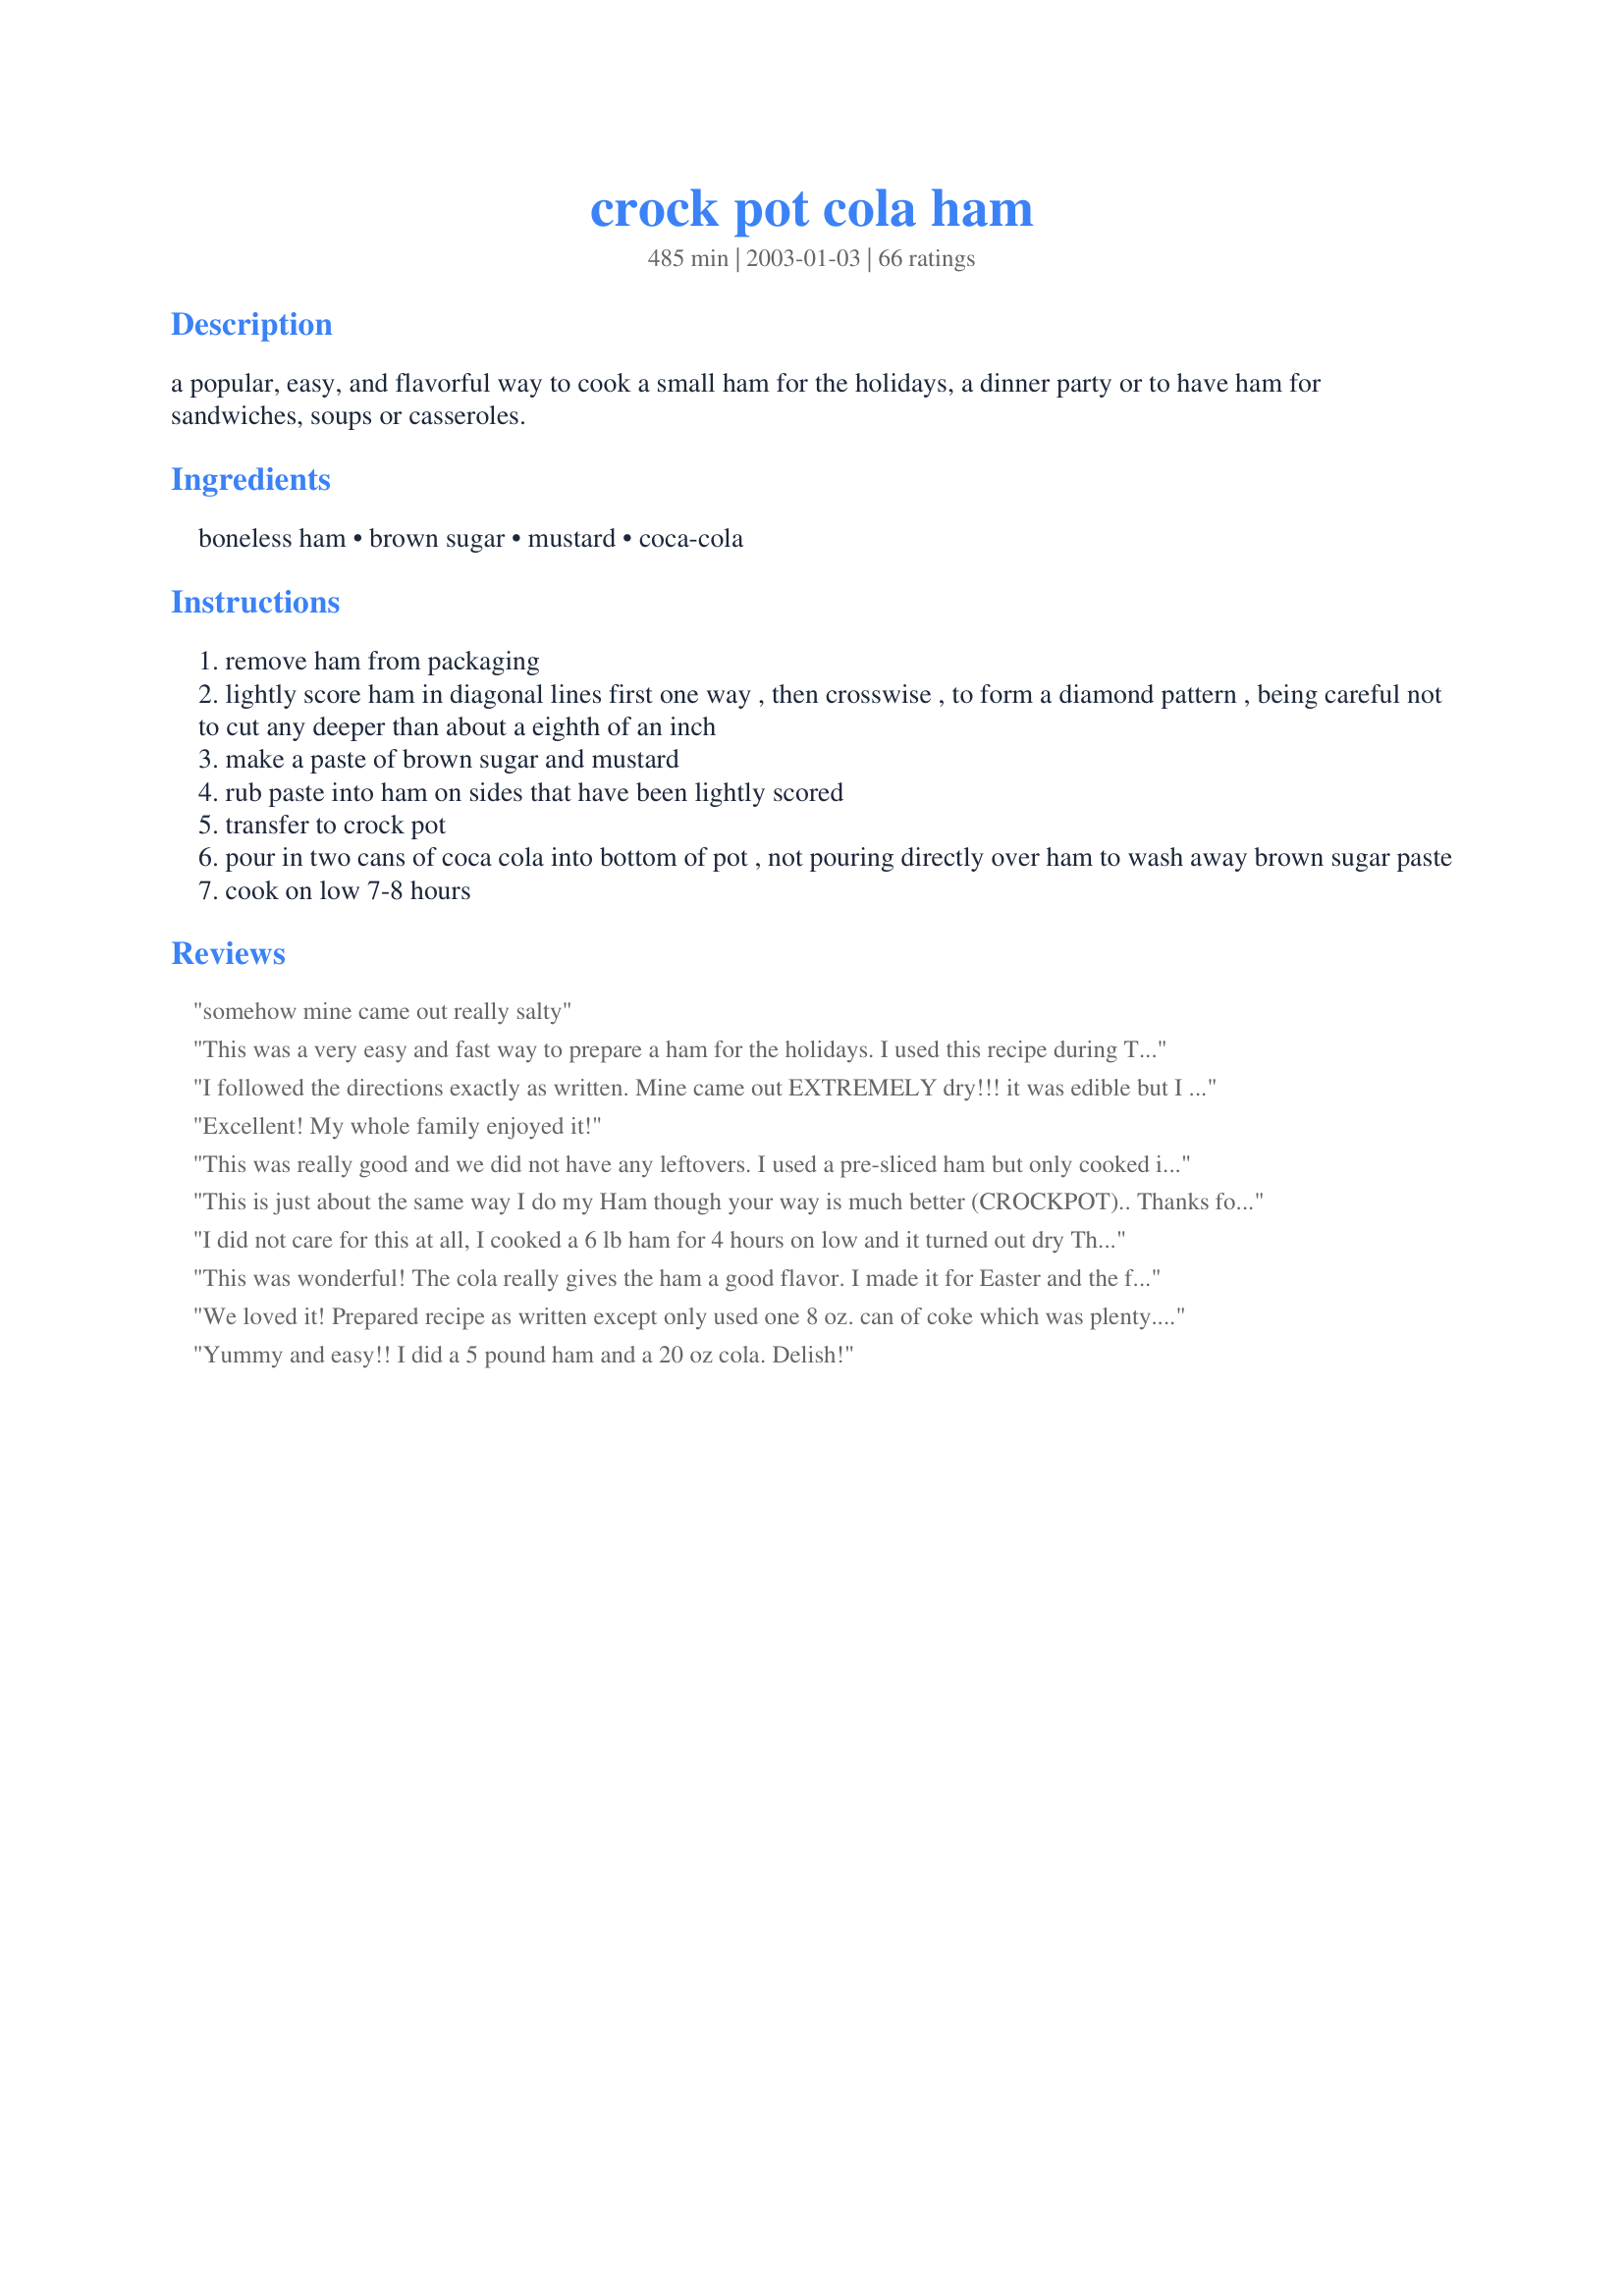
crock pot cola ham
Preparation time: 485 minutes

a popular, easy, and flavorful way to cook a small ham for the holidays, a dinner party or to have ham for sandwiches, soups or casseroles.

Ingredients:
boneless ham, brown sugar, mustard, coca-cola

Steps:
remove ham from packaging
lightly score ham in diagonal lines first one way , then crosswise , to form a diamond pattern , being careful not to cut any deeper than about a eighth of an inch
make a paste of brown sugar and mustard
rub paste into ham on sides that have been lightly scored
transfer to crock pot
pour in two cans of coca cola into bottom of pot , not pouring directly over ham to wash away brown sugar paste
cook on low 7-8 hours

Reviews:
somehow mine came out really salty
This was a very easy and fast way to prepare a ham for the holidays. I used this recipe during Thanksgiving and everyone loved it. I plan on using it again for Christmas. The glaze has a nice flavor that blends well with the ham.
I followed the directions exactly as written. Mine came out EXTREMELY dry!!! it was edible but I am sure glad that I didn't serve this when I had company.
Excellent! My whole family enjoyed it!
This was really good and we did not have any leftovers. I used a pre-sliced ham but only cooked it for about an hour and a half so it didn't dry out. I watched it closely and the results were delicious. Thanks so much!
This is just about the same way I do my Ham though your way is much better (CROCKPOT).. Thanks for posting such a great recipe..
I did not care for this at all, I cooked a 6 lb ham for 4 hours on low and it turned out dry The coke did nothing for it at all. Very dissapointing Christmas dinner.
This was wonderful! The cola really gives the ham a good flavor. I made it for Easter and the family loved it.
We loved it! Prepared recipe as written except only used one 8 oz. can of coke which was plenty. The ham was fabulous. This will be my go to recipe for ham in the future. Thanks for posting.
Yummy and easy!! I did a 5 pound ham and a 20 oz cola. Delish!
The ingredients in this recipe made for a really awesome flavored ham. We will be having this one again! We had with fresh peeled potatoes cooked in with Recipe #219319, and what a meal!
I made this yesterday.IT was good,a littel sweet.But i will make again.Thanks for pposting.
This was certainly easy to prepare, however, I could not get the "paste" to stay on the ham so it ended up sliding into and mixing with the cola. I infused the ham with garlic cloves so that gave it a good flaver but I don't think I'll try this receipe again. Thanks anyway.
I tried this recipe and my family loved it. The ham came out really tender.
This is about the 5th time I have made my ham this way. Simply the best!!!! I always buy bone in and I always use Diet Pepsi - fall off the bone tender! Left overs head right into split pea soup - <http://www.recipezaar.com/Split-Pea-Soup-Ham-15466> amazing! Everyone raves at the simplicity!
This is the best ham I have ever had the pleasure of eating. My persnickity mother-in-law, who never gives a compliment, was all a twitter over how delicious this was. Very easy to make, I might add. We like a sweet-glazed ham so this one was perfect for us. I used a good quality honey mustard. Thanks and will be making this one again.
It was super and very appreciated! Very simple one note perhaps make sure ham fits in crockpot.
Wow, I have never had ham so good in my life. I was skeptical, but I wanted to use my slow cooker rather than heating up the stove for hours and ending up with pretty dry ham. This is my go to forever. I followed the directions, but accidentally only got a 20oz bottle of soda, but it was perfect. Since my boneless ham was only 3 pounds I kept it in the cooker for about 5 hours on low and then turned it off and let it sit while I finished making the potato pancakes (recipe #143172). Delish! Whodathunkit?
This was an excellent ham! The flavor was great and it was juicy. it took me a bit more mustard to make the paste. I can't wait to make it again!
I made this ham for Easter dinner and it was liked by all. Very simple recipe... ham was very moist! Thank you for posting!
An excellent crock pot recipe. Ham very tender and juicy. I have also made this with ginger ale for a nice change.
I'm so glad I tried this recipe.... the ham turned out very moist when it was done. I went with a honey mustard like other people had and used a 3 lb ham. Wonderful Easter dinner.
I made this last Thanksgiving and must have not posted reviews....sorry. This is a fabulous way to make ham. Not only is it simple but you can put it in a crockpot and forget about it, which makes it an absolute must for holidays. I used Diet Coke, as that was all I had at home and we didn't notice. It was delicious, very moist and flavorful. Thank you for a great ham recipe.....Stephanie
The ham was a little dry. Maybe I should have cooked it less, but I planned dinner according to 7.5 hrs in the crock pot so I was stuck. The flavor was good.
Very good. Enjoyed by all. Thanks!
Betty Crocker I&#039;m not, so I&#039;m always looking for easy recipes that I can&#039;t mess up. This is one of them. Put four ingredients together in a crock pot and bam. The ham was so moist and had an amazing flavor. Even my husband who isn&#039;t a big ham eater loved it. I took it to a pot luck at church and didn&#039;t bring but a few slices home. So great recipe for a large crowd. Will definitely be doing this again.
So Easy! I cooked my ham 7-8lbs for 9 hours in the crock pot..it was so tender we didn't have to cut it. Yummy! Now I'm stuck doing Easter for another year! he he
All I can say is Wonderful!!! So tender and juicy. My family loved it. Thanks, Carole in Orlando
I made this for dinner for my boyfriend and his parents, before dinner he informed me he really did not like ham to much. It hasnt even been a week since I made this and my boyfriend is asking me to make it again. This was a wonderful recipie and was very easy to make the flavor was so good. I like others only used one can of coke and the mustard i used was just frenchs, thank you so much for this recipe. For those of you debating wheather or not to try this recipie it is well worth it. Very tasty.
I love this recipe! It is exactly what I was looking for . Thank you!!
I actually goofed and didn&#039;t make a paste. I was using my cell phone to look up the recipe and the website was a little difficult to navigate for some reason. So I just threw everything in the crockpot and it still turned out amazing. I did use a bone in ham as well because it is our preference. The bone just fell right out because the meat is so tender and moist. Super yummy. I will have to try it again and actually follow the directions now that I can see them.
I thought it was okay. I used a 4lb Hostess Brand ham and the seven hours it cooked on low was waaaay too long. I also only used one can of cola, two would have too much. I think next time I will bake in the oven. Thank you.
I made this for Thanksgiving and it was really good. My husband and I are not big ham eaters (and there were so many other leftovers) so we sent it home with guests who love ham and they were very thankful. Very easy, loved the cola/brown suger combo. I would make this again.
The best ham I have ever made. I did a 5lb. I only cooked it for 5 1/2 hours because I have a digtial crock pot and it cooks faster.
This is the MOST EXCELLENT ham I've ever had in my life!!!! My husband is an avid ham hater and I made this one day against his will and he DEVOURED it! In fact...he actually requested this AGAIN last night over another shrimp dish that he loves. I said "are you kidding me?" The leftovers are excellent!! The kids (ages 2 and 4) each had 3 helpings of ham last night. And I love ham and find it to be the most flavorful and moist ham I've ever tried. Not to mention...SIMPLE!! Let the crockpot do the work! I use only 1 can of coke and I used Gulden's spicy mustard in the rub. I also use a 3 pound ham and only cooked it on low for 3.5 hours and is PERFECT. One of THE BEST crock pot recipes ever. Thank you so much for posting this one!
I made this tonight and it came out great! I have a 7 qt crockpot and I was able to fit a 9 lb spiral, bone in ham. I cooked it for 5 hours and it was really good. It could have been more moist but I think I probably should have added more coke because ham was much larger.<br/><br/>Excellent recipe and soooooo easy! Thanks so much for sharing!!
Great flavor! Not too sweet and the brown sugar crust was a nice touch. I used a dijon mustard, next time I will try honey mustard.
I have cooked this twice now. It is a big hit. My family loves it. Everyone that tries it goes back for more. I used a bone in ham and it worked just fine. Very tasty.
Very Good..Really easy. Moist.
Good recipe but I used a presliced boneless ham and the seven hours I cooked on low was too long. The ham itself had a great flavor but was pretty dried out, the moisture having gone into the cooking liquid. Don't use a presliced ham, and suggest checking at 5 hours. Super easy and definitely worth making again. Thanks for sharing your recipe!
I could not believe how well this turned out! I had a 7 lb bone in shoulder ham, so it was a little on the fatty side. I cooked it 8 hours, plus some time on warm. I put foil over the to initially and perched the lid on top, because it was too tall before cooking down a bit. Then something came up, and only one person ate it the first day. I refrigerated it right in the crock. I put the crock in the oven in order to reheat, and it was yummy the second day too (even though it started to get too brown). The leftovers were great cold. What more could you want?
Turned out great. Made just as instructed, plus studded with some whole cloves. Very easy and impressive.
This turned out very nice. The cola adds just a little something and everyone enjoyed their meal. Thank you.
I had a smaller ham, so only used one can of coke. Ham came out lovely, with a yummy sweet taste. Next time, I think I'll try jazzing it up a little--maybe more mustard? Horseradish? It was good, though, and very easy to make. Thanks!
Really good way to cook a ham. I used a bone in ham because that's what we prefer, and it was fall off the bone tender. I'll use this again, and again! Thanks!
Really enjoyable and easy recipe. I enjoyed the flavor and how easy this ham is to prepare. I like that you can make so many different meals out of the leftovers too. I have so far made sandwiches and split pea soup. I have plans to cook some pinto beans and add some of the ham to them. The glaze is really simple and delicious also. Great recipe for quick dinners and OAMC. Thank you for sharing.
I know why a few people rated this recipe low! We made 2 hams in separate crockpots using this recipe. Both tasted great except one was dry. One crockpot cooked much hotter than the other. The hotter crockpot cooked with a steady low boil while the other barely had any boil. After 7 hours the slower cooking crockpot hands down was more moist. So watch your heat and enjoy!
Great ham! We were looking for a small ham to slow cook to put mini-sandwiches together for our NYE "buffet" we do for the kids. Really good, and leftovers made great lunch the next day. I used a 3.5lb presmoked ham (to off set the sugar component, as opposed to the honey ham offered same brand). Already scored. Delish all put together. Thank you!
I love this recipe. Super easy with just a few ingredients to deal with. Came out very moist and sweet. Because we have some diabetics in the family, I substituted splenda brown sugar instead of the brown sugar and diet coke instead of regular coke. It tasted great and very sweet. I'll be making this again. Thanks Jamie
Hmmm, well this was ok. I cooked the ham exactly as it says here. I bought a 5 lb. boneless ham - I think the ham may have been part of the problem, though. I'm wondering how good the ham would have been if I had cooked it differently. It was ok, just not something I really liked too much.
This turned out well for me. I put it in the crock early Sunday morning and it was ready and had the house smelling good when we got back from church. Mustard and brown sugar just go together well with ham. Loved this one. Thanks.
We didn't like the rsults of the ham being cooked in the crockpot.
I made this several weeks a go and am just now getting around to the review. This is fantastic! I made this for a family gathering and everyone just loved it and wanted to know how I got the ham so fork tender. Thank you so much for posting!
Easy recipe, and a decent change from normal.
This turned out really nice and yummy - I made it for 2 gatherings over Christmas and everyone really liked it. The sweetness was a good contrast to the smokey ham we had and it stayed nice and moist. Plus I LOVE using the crockpot - it really helps out with the busy holidays!
This was SO good and SO easy. With the recent hot weather, I wanted to use my crockpot. I made the recipe exactly as posted except to use a cheap old ($.78/lb) bone in butt portion ham, around 7-pound size. After 8 hours on low, this was meltingly tender and perfectly seasoned. The juices made a very tasty gravy, too. I will definitely make this again!
This recipe did the trick but I'm not sure I'll use it again... I had some problems... my 'paste' didn't stick to my ham and when I put the first can of soda in my crockpot, it almost totally covered my ham and the paste that I did manage to get on the ham washed off! Needless to say, I only used one can : ) I also kinda forgot that it would take so long so I ended up doing mine on high for 3 or so hours. In the end, the ham was yummy and moist but I think I'll just stick to baking my ham as usual. Thanks for something new to try!
My husband and I really enjoyed this ham recipe. It was very easy to make ,and it required hardly any effort. Thanks Crimsonvixen7 for the great recipe.
Very nice way to fix your ham. Simple and good. Thanks for posting.
We used this for our Christmas ham. It was delicious. i didn't change a thing except for cooking it in the oven instead of the crock pot. i look forward to using this recipe next Christmas too! Thanks Jamie!
Super simple way to crock pot your ham & it won't dry out! Not to mention DELICIOUS!! This recipe is a keeper!!
this ham was so good. we made it for Easter and even ham-haters loved it. we had a huge ham and there were no left overs except the bone. this will be our new ham recipe it was juicy and flavorful and so easy to make.
I&#039;m sorry, but our family did not care at all for this rechipe. It was way to sweet and overdone.
had to make ham for thanksgiving because some people just can't live without ham. this was so easy to make....seriously, just throw everything together in like 5 minutes. the end result was so flavorful and moist, it was literally falling off the bone. thanks, will make again
Made this ham again for thanksgiving. It is the best!! Once I placed it in the crockpot I only had room for one can of coke. This was plenty. When I opened up the crockpot 8 hours later the ham was almost completely covered with liquid! Thanks Jaime for an awesome recipe!
I loved this recipe because it's simple but adds a great flavor to the ham, no to mention I get to use my crock pot! I made a 5 lb. ham that just fit in my crock pot. I got a little crazy with the Coke because my wife had 20 oz. bottles in the fridge, so I ended up putting in more like 30 oz. by mistake cause I wasn't thinking when I was pouring it! The ham turned out great! I just had to baste out some of the excess coke/ham juice mixture so the crock pot wouldn't overflow! LOL I will use this recipe again fer sher!
